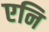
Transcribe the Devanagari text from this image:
एनि